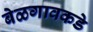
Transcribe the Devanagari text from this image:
बेळगावकडे